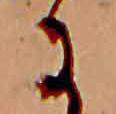
に